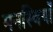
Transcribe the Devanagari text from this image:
मनस्वियों